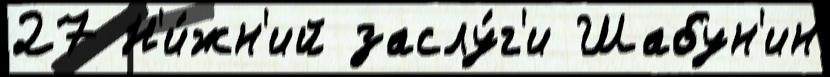
27 Н'и́жн'ий заслу́г'и Шабун'ин